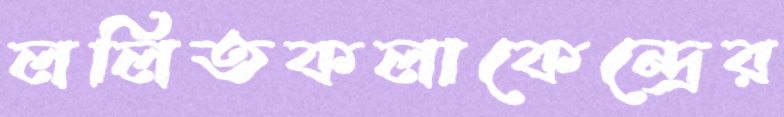
ললিতকলাকেন্দ্রের